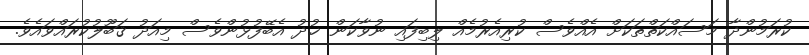
ކުރަމުންދާ މަސައްކަތްތަކަށް އެއްވެސް ކުރިއެރުމެއް ލިބިފައި ނުވާކަން ޚުދު އެބޭފުޅުންވެސް މިއަދު ޤަބޫލުކުރައްވައެވެ.